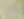
يحدث